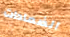
الضمادات